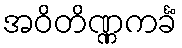
အဝိတိဏ္ဏကင်္ခံ